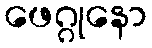
ဖေဂ္ဂုနော